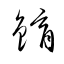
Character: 錥